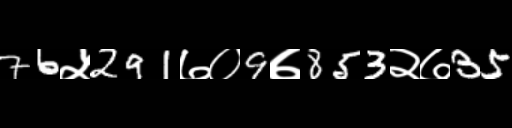
Text: 76५291७०9७853२७35